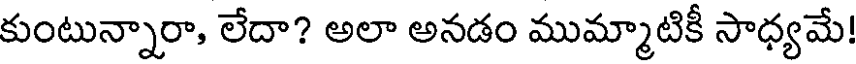
కుంటున్నారా, లేదా? అలా అనడం ముమ్మాటికీ సాధ్యమే!